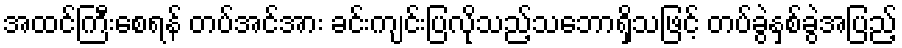
အထင်ကြီးစေရန် တပ်အင်အား ခင်းကျင်းပြလိုသည့်သဘောရှိသဖြင့် တပ်ခွဲနှစ်ခွဲအပြည့်